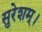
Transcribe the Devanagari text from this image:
सुरेशम्।